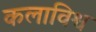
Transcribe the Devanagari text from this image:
कलाविश्व